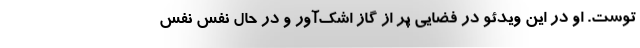
توست. او در این ویدئو در فضایی پر از گاز اشک‌آور و در حال نفس نفس